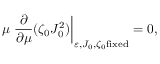
\mu \left. \frac { \partial } { \partial \mu } ( \zeta _ { 0 } J _ { 0 } ^ { 2 } ) \right| _ { \varepsilon , J _ { 0 } , \zeta _ { 0 } \mathrm { f i x e d } } = 0 ,